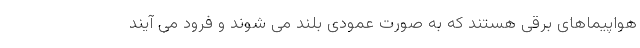
هواپیماهای برقی هستند که به صورت عمودی بلند می شوند و فرود می آیند